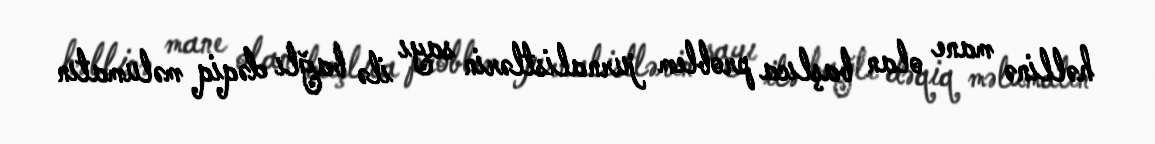
həllinə mane olan başlıca problem jurnalistlərin sayı ilə bağlı dəqiq məlumatın